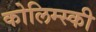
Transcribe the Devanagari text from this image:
कोलिम्स्की